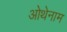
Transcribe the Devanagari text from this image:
ओथेनाम